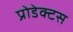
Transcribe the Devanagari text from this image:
प्रोडेक्टस